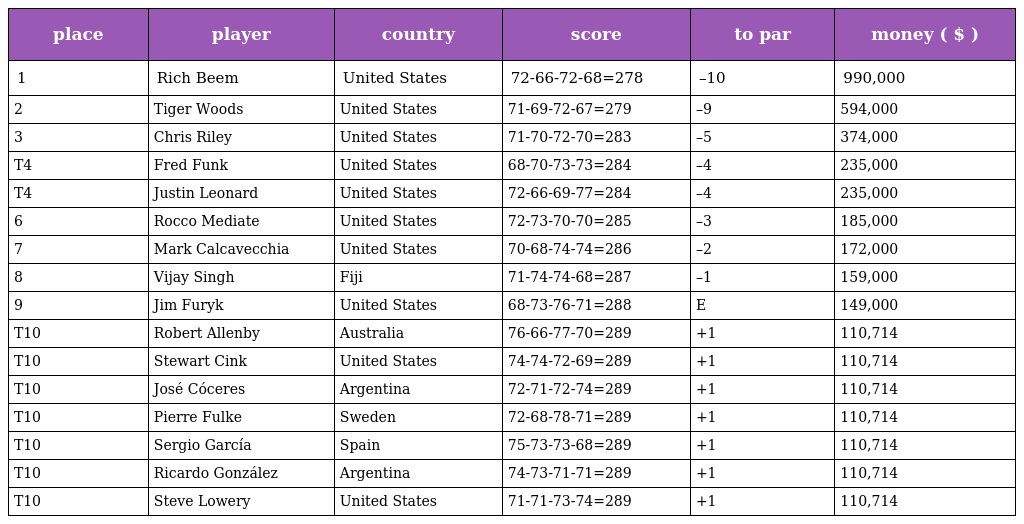
| place | player | country | score | to par | money ( $ ) |
 | --- | --- | --- | --- | --- | --- |
 | 1 | Rich Beem | United States | 72-66-72-68=278 | –10 | 990,000 |
 | 2 | Tiger Woods | United States | 71-69-72-67=279 | –9 | 594,000 |
 | 3 | Chris Riley | United States | 71-70-72-70=283 | –5 | 374,000 |
 | T4 | Fred Funk | United States | 68-70-73-73=284 | –4 | 235,000 |
 | T4 | Justin Leonard | United States | 72-66-69-77=284 | –4 | 235,000 |
 | 6 | Rocco Mediate | United States | 72-73-70-70=285 | –3 | 185,000 |
 | 7 | Mark Calcavecchia | United States | 70-68-74-74=286 | –2 | 172,000 |
 | 8 | Vijay Singh | Fiji | 71-74-74-68=287 | –1 | 159,000 |
 | 9 | Jim Furyk | United States | 68-73-76-71=288 | E | 149,000 |
 | T10 | Robert Allenby | Australia | 76-66-77-70=289 | +1 | 110,714 |
 | T10 | Stewart Cink | United States | 74-74-72-69=289 | +1 | 110,714 |
 | T10 | José Cóceres | Argentina | 72-71-72-74=289 | +1 | 110,714 |
 | T10 | Pierre Fulke | Sweden | 72-68-78-71=289 | +1 | 110,714 |
 | T10 | Sergio García | Spain | 75-73-73-68=289 | +1 | 110,714 |
 | T10 | Ricardo González | Argentina | 74-73-71-71=289 | +1 | 110,714 |
 | T10 | Steve Lowery | United States | 71-71-73-74=289 | +1 | 110,714 |